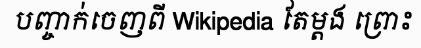
បញ្ចាក់ចេញពី Wikipedia តែម្តង ព្រោះ